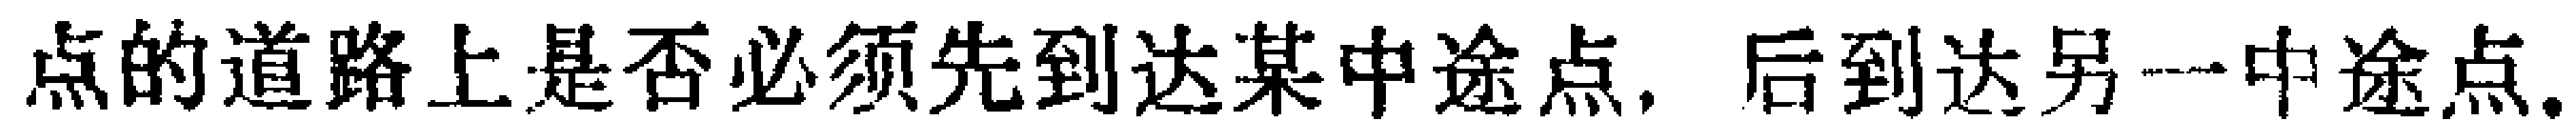
点的道路上是否必须先到达某中途点，后到达另一中途点.